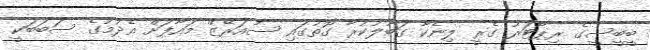
ބީބީސީގެ ރިޕޯޓަރު ގެރީ ލިނެކާ ގަބޫލުކުރާ ގޮތުގައި ސުއަރޭޒް މައާފަށް އެދުމުގެ ސަބަބަކީ